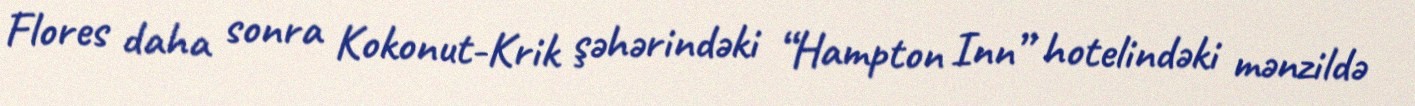
Flores daha sonra Kokonut-Krik şəhərindəki “Hampton Inn” hotelindəki mənzildə